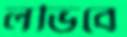
লভিবে